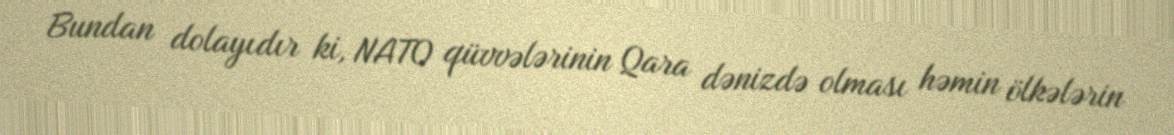
Bundan dolayıdır ki, NATO qüvvələrinin Qara dənizdə olması həmin ölkələrin